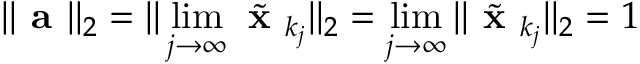
| | { \textbf { a } } | | _ { 2 } = | | \operatorname* { l i m } _ { j \to \infty } { \tilde { \textbf { x } } } _ { k _ { j } } | | _ { 2 } = \operatorname* { l i m } _ { j \to \infty } | | { \tilde { \textbf { x } } } _ { k _ { j } } | | _ { 2 } = 1